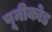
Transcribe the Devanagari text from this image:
पूनीकोड